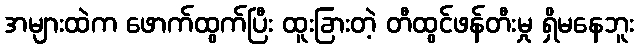
အများထဲက ဖောက်ထွက်ပြီး ထူးခြားတဲ့ တီထွင်ဖန်တီးမှု ရှိမနေဘူး